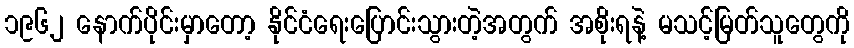
၁၉၆၂ နောက်ပိုင်းမှာတော့ နိုင်ငံရေးပြောင်းသွားတဲ့အတွက် အစိုးရနဲ့ မသင့်မြတ်သူတွေကို